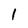
Character: 1